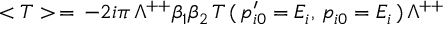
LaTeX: < T > \, = \, - 2 i \pi \, \Lambda ^ { + + } \beta _ { 1 } \beta _ { 2 } \, T \, ( \, p _ { i 0 } ^ { \prime } = E _ { i } , \, p _ { i 0 } = E _ { i } \, ) \, \Lambda ^ { + + }